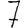
Digit: 7